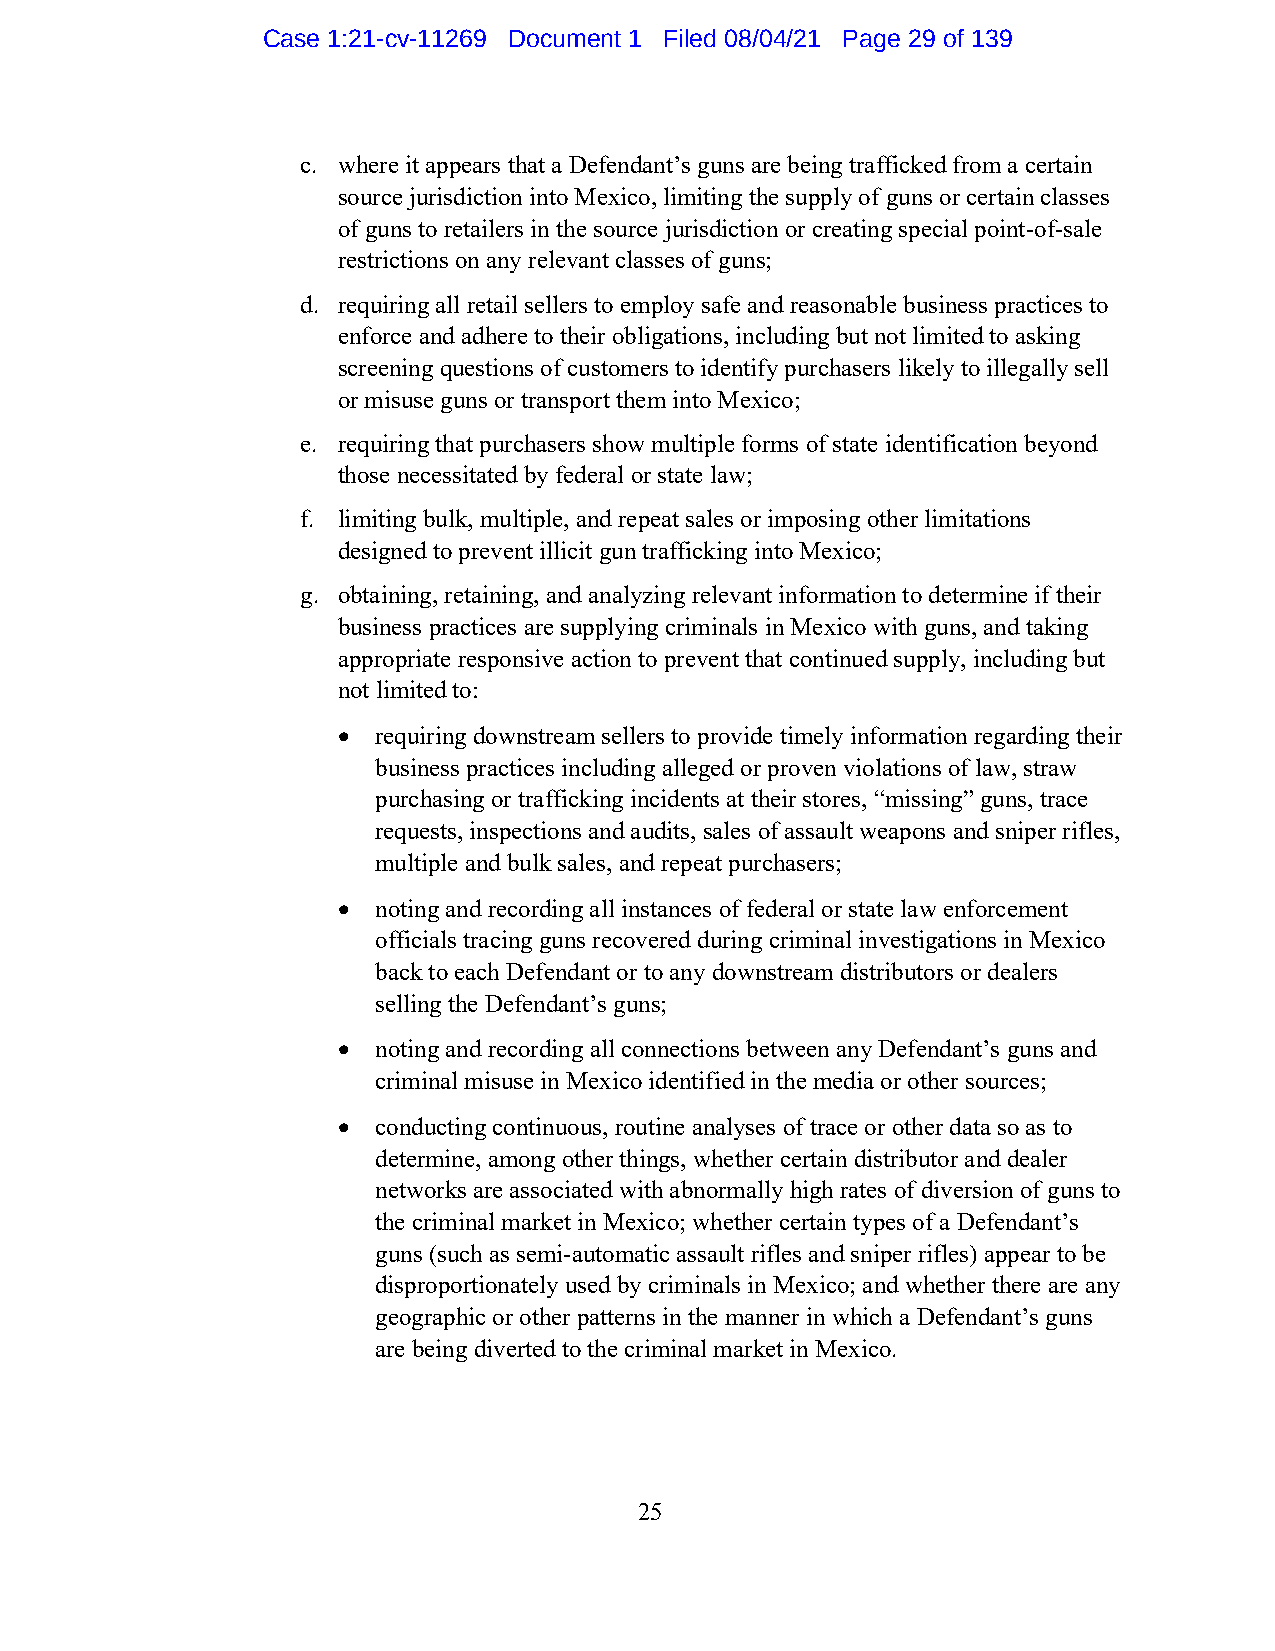
Case 1:21-cv-11269 Document 1 Filed 08/04/21 Page 29 of 139
 c. where it appears that a Defendant’s guns are being trafficked from a certain
 source jurisdiction into Mexico, limiting the supply of guns or certain classes
 of guns to retailers in the source jurisdiction or creating special point-of-sale
 restrictions on any relevant classes of guns;
 d. requiring all retail sellers to employ safe and reasonable business practices to
 enforce and adhere to their obligations, including but not limited to asking
 screening questions of customers to identify purchasers likely to illegally sell
 or misuse guns or transport them into Mexico;
 e. requiring that purchasers show multiple forms of state identification beyond
 those necessitated by federal or state law;
 f. limiting bulk, multiple, and repeat sales or imposing other limitations
 designed to prevent illicit gun trafficking into Mexico;
 g. obtaining, retaining, and analyzing relevant information to determine if their
 business practices are supplying criminals in Mexico with guns, and taking
 appropriate responsive action to prevent that continued supply, including but
 not limited to:
 •  requiring downstream sellers to provide timely information regarding their
 business practices including alleged or proven violations of law, straw
 purchasing or trafficking incidents at their stores, “missing” guns, trace
 requests, inspections and audits, sales of assault weapons and sniper rifles,
 multiple and bulk sales, and repeat purchasers;
 •  noting and recording all instances of federal or state law enforcement
 officials tracing guns recovered during criminal investigations in Mexico
 back to each Defendant or to any downstream distributors or dealers
 selling the Defendant’s guns;
 •  noting and recording all connections between any Defendant’s guns and
 criminal misuse in Mexico identified in the media or other sources;
 •  conducting continuous, routine analyses of trace or other data so as to
 determine, among other things, whether certain distributor and dealer
 networks are associated with abnormally high rates of diversion of guns to
 the criminal market in Mexico; whether certain types of a Defendant’s
 guns (such as semi-automatic assault rifles and sniper rifles) appear to be
 disproportionately used by criminals in Mexico; and whether there are any
 geographic or other patterns in the manner in which a Defendant’s guns
 are being diverted to the criminal market in Mexico.
 25